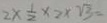
2 \times \frac { 1 } { 2 } \times 2 \times \sqrt { 3 } =